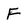
Character: F